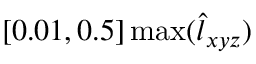
[ 0 . 0 1 , 0 . 5 ] \operatorname* { m a x } ( \hat { l } _ { x y z } )